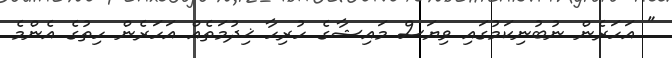
" އަހަރެން ނުބުނިކަމުގައި ވިޔަސް މައިޝާގެ ހުރިހާ ޚިދުމަތެއް އަހަރެން ހިތުގެ އެންމެ